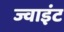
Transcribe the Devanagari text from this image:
ज्‍वाइंट